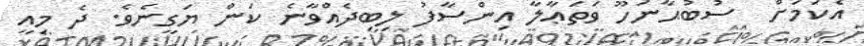
އެކަމަށް  ސުބުޙާނަހޫ ވަތަޢާލާ އިންސާފު ލިބިދެއްވާނެ ކަން ޔަގީނެވެ. ދެ މިއީ